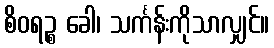
စိဝရဉ္စ ခေါ၊ သင်္ကန်းကိုသာလျှင်။